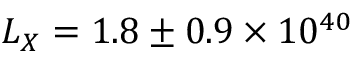
L _ { X } = 1 . 8 \pm { 0 . 9 } \times 1 0 ^ { 4 0 }